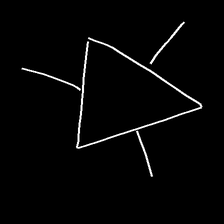
Glyph: fire